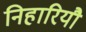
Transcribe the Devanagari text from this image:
निहारियौ